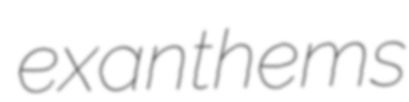
exanthems